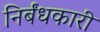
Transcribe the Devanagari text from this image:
निर्बंधकारी